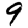
Digit: 9